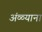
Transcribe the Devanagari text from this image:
अंळ्याना